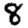
Digit: 8